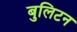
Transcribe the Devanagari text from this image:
बुलिटन